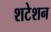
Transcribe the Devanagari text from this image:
शटेशन